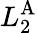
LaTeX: L_{2}^{\textrm{A}}